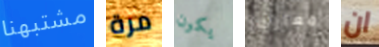
مشتبهنا مرة يكون معارك ان